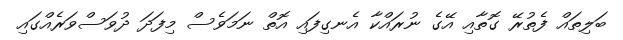
ބަލިތައް ފެތުރޭ ގޮތާއި އޭގެ ނުރައްކާ އެނގިފައި އޮތް ނަމަވެސް މިފަދަ ދުވަސްވަރެއްގައި